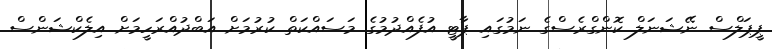
ޕީޕަލްސް ނޭޝަނަލް ކޮންގްރެސްގެ ނަމުގައި ޕާޓީ އުފެއްދުމުގެ މަސައްކަތް ކުރުމަށް އަބްދުއްރަހީމަށް އިލެކްޝަންސް